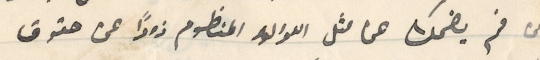
من فم يضحك هما مثل اللؤلؤ المنظوم زوداً عن حقوق